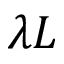
\lambda L